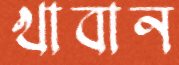
খাবান